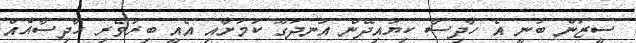
ސީޒަން ބުނީ އެ ހާދިސާ ކިޔައިދޭން އުނދަގޫ ކަމަށާއި އެއީ ބިރުވެރި ހާދިސާއެއް